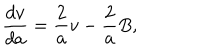
\frac { d v } { d a } = \frac 2 { a } v - \frac 2 { a } B ,